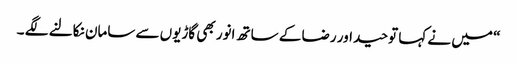
“ میں نے کہا توحید اور رضا کے ساتھ انور بھی گاڑیوں سے سامان نکالنے لگے ۔